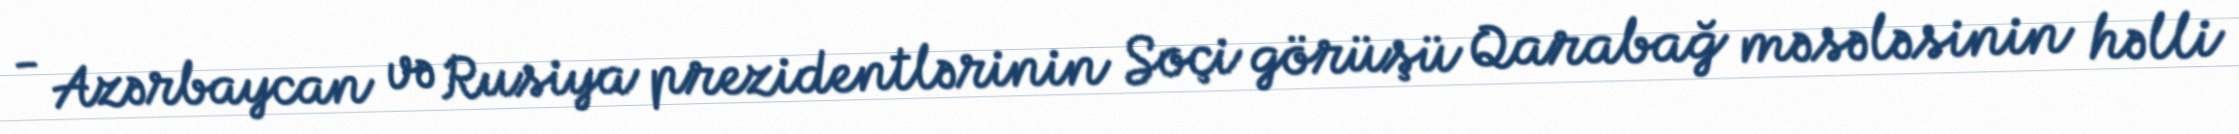
- Azərbaycan və Rusiya prezidentlərinin Soçi görüşü Qarabağ məsələsinin həlli